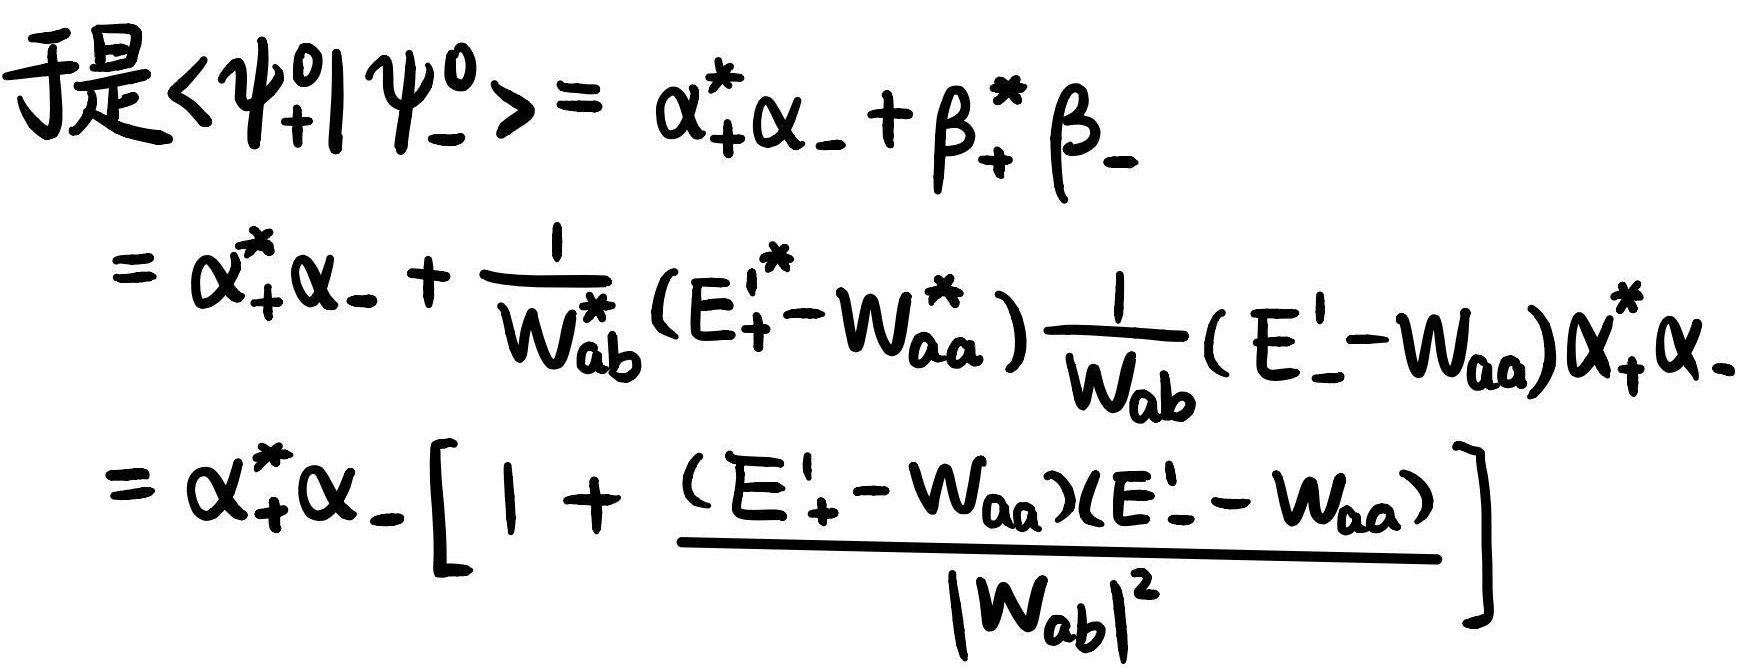
\[
\begin{align*}
\text{于是}\langle\psi_+^0|\psi_-^0\rangle&=\alpha_+^*\alpha_-+\beta_+^*\beta_-\\
&=\alpha_+^*\alpha_-+\frac{1}{W_{ab}^*}(E_+'-W_{aa}^*)\frac{1}{W_{ab}}(E_-' - W_{aa})\alpha_+^*\alpha_-\\
&=\alpha_+^*\alpha_-\left[1+\frac{(E_+'-W_{aa})(E_-' - W_{aa})}{|W_{ab}|^2}\right]
\end{align*}
\]